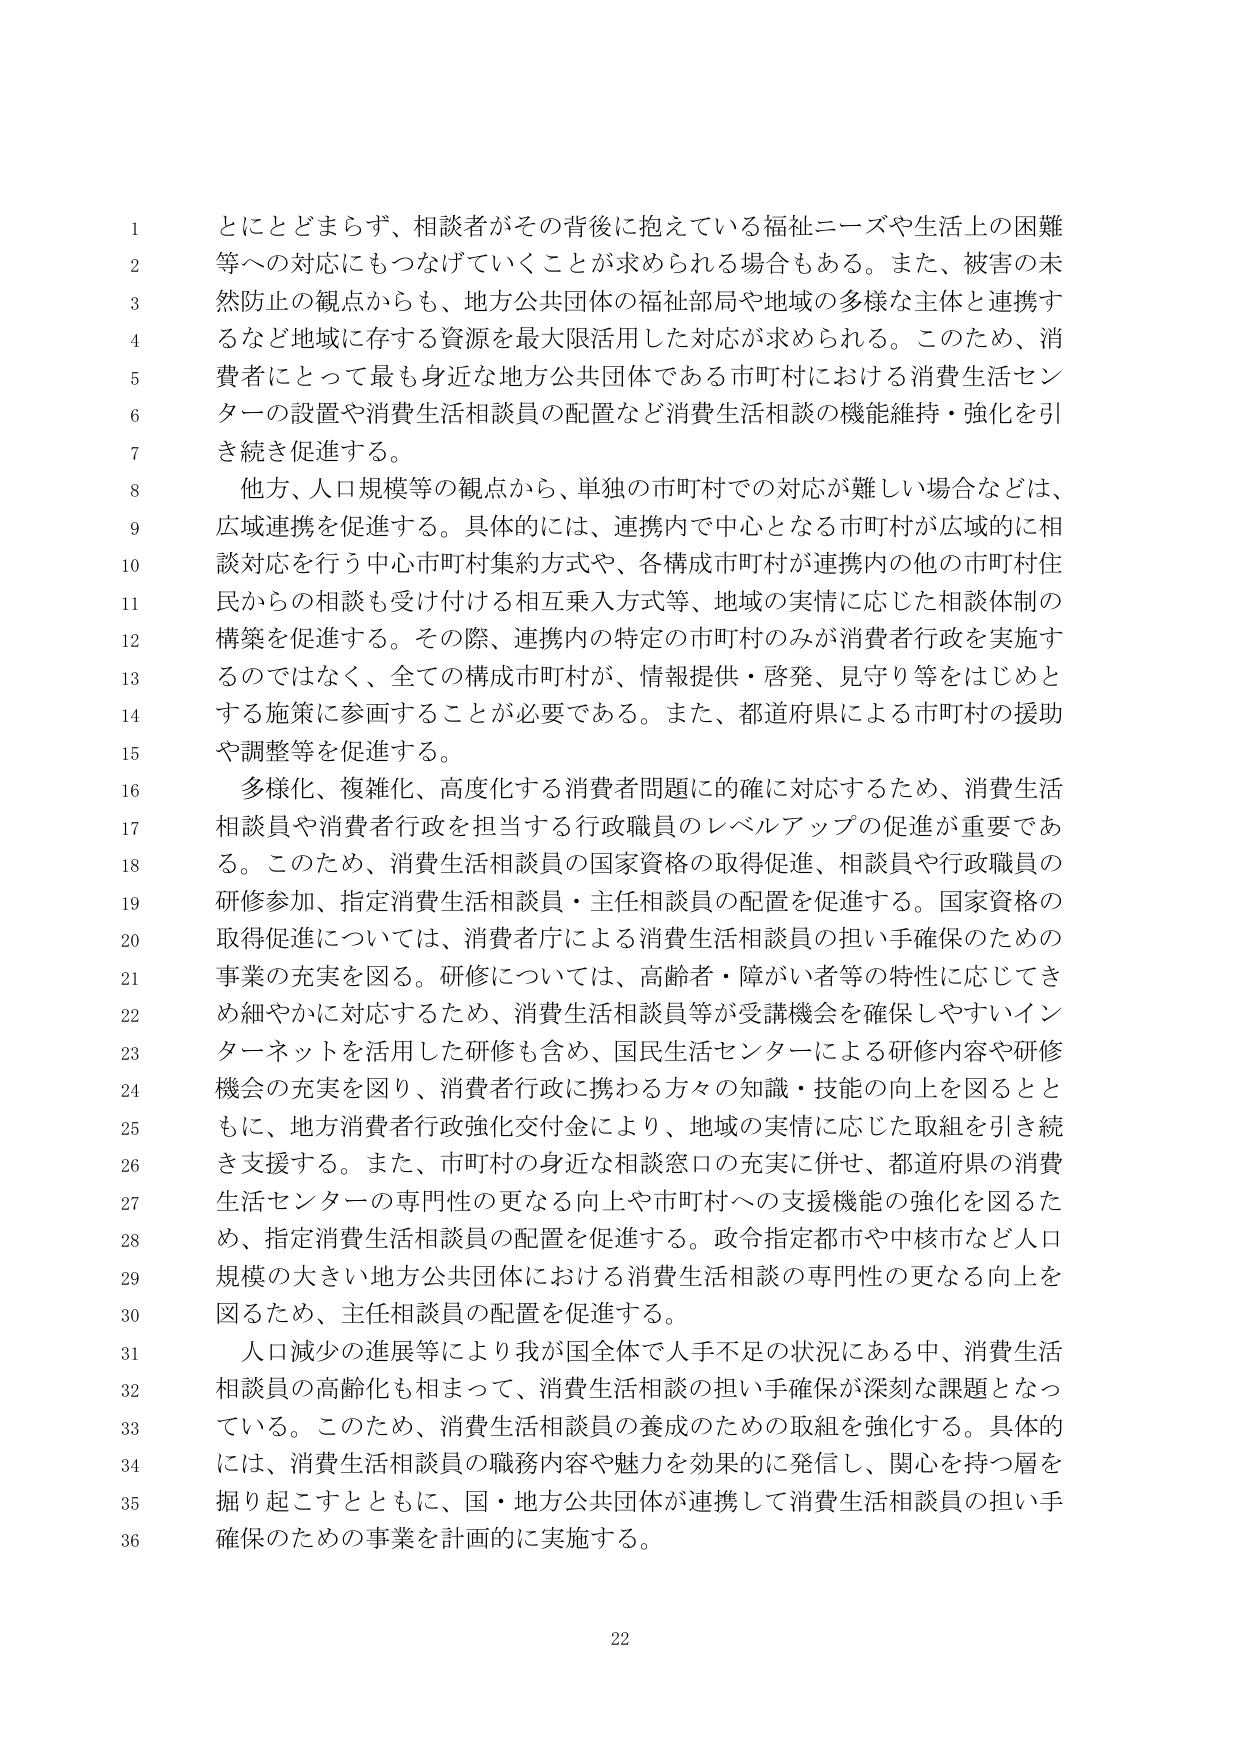
とにとどまらず、相談者がその背後に抱えている福祉ニーズや生活上の困難等への対応にもつなげていくことが求められる場合もある。また、被害の未然防止の観点からも、地方公共団体の福祉部局や地域の多様な主体と連携するなど地域に存する資源を最大限活用した対応が求められる。このため、消費者にとって最も身近な地方公共団体である市町村における消費生活センターの設置や消費生活相談員の配置など消費生活相談の機能維持・強化を引き続き促進する。

他方、人口規模等の観点から、単独の市町村での対応が難しい場合などは、広域連携を促進する。具体的には、連携内で中心となる市町村が広域的に相談対応を行う中心市町村集約方式や、各構成市町村が連携内の他の市町村住民からの相談も受け付ける相互乗入方式等、地域の実情に応じた相談体制の構築を促進する。その際、連携内の特定の市町村のみが消費者行政を実施するのではなく、全ての構成市町村が、情報提供・啓発、見守り等をはじめとする施策に参画することが必要である。また、都道府県による市町村の援助や調整等を促進する。

多様化、複雑化、高度化する消費者問題に的確に対応するため、消費生活相談員や消費者行政を担当する行政職員のレベルアップの促進が重要である。このため、消費生活相談員の国家資格の取得促進、相談員や行政職員の研修参加、指定消費生活相談員・主任相談員の配置を促進する。国家資格の取得促進については、消費者庁による消費生活相談員の担い手確保のための事業の充実を図る。研修については、高齢者・障がい者等の特性に応じてきめ細やかに対応するため、消費生活相談員等が受講機会を確保しやすいインターネットを活用した研修も含め、国民生活センターによる研修内容や研修機会の充実を図り、消費者行政に携わる方々の知識・技能の向上を図るとともに、地方消費者行政強化交付金により、地域の実情に応じた取組を引き続き支援する。また、市町村の身近な相談窓口の充実に併せ、都道府県の消費生活センターの専門性の更なる向上や市町村への支援機能の強化を図るため、指定消費生活相談員の配置を促進する。政令指定都市や中核市など人口規模の大きい地方公共団体における消費生活相談の専門性の更なる向上を図るため、主任相談員の配置を促進する。

人口減少の進展等により我が国全体で人手不足の状況にある中、消費生活相談員の高齢化も相まって、消費生活相談の担い手確保が深刻な課題となっている。このため、消費生活相談員の養成のための取組を強化する。具体的には、消費生活相談員の職務内容や魅力を効果的に発信し、関心を持つ層を掘り起こすとともに、国・地方公共団体が連携して消費生活相談員の担い手確保のための事業を計画的に実施する。

22